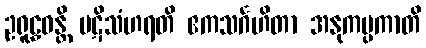
ဥရူဠှဝန္တိ ပဋိသံဟရတိ ဧကသင်္ဂဟိတာ အနုကမ္ပကာတိ